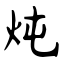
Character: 炖